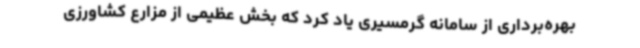
بهره‌برداری از سامانه گرمسیری یاد کرد که بخش عظیمی از مزارع کشاورزی